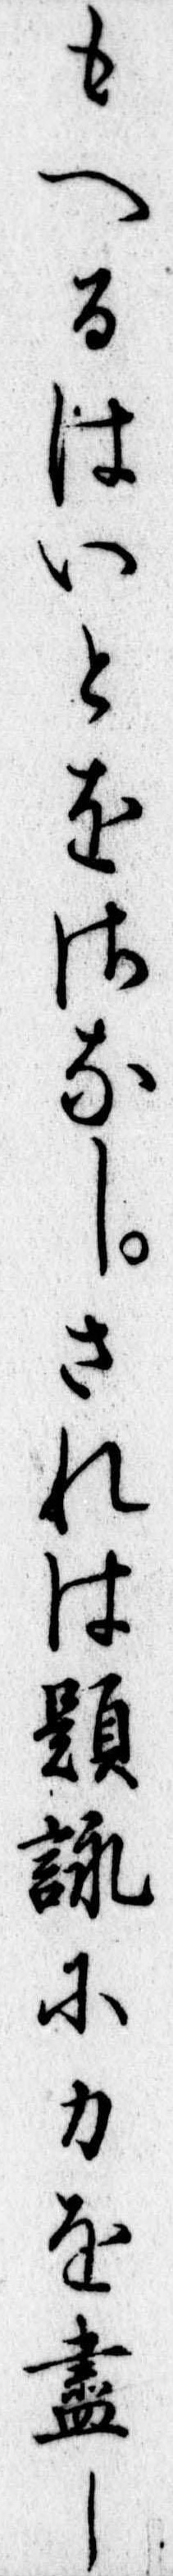
もへるはいとをさなしされは題詠に力を尽し